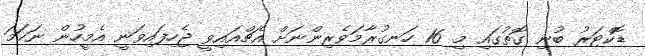
ޑޮކްޓަރު ބުނި ގޮތުގައި މި 16 ހަނގުރާމަވެރިންނަށް އެޗްއައިވީ ޖެހިފައިވަނީ އެމީހުން ނަހަމަ